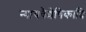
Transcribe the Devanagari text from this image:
न्यायवैशेषिकादि